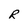
Character: R